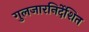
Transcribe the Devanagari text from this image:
गुलजारनिर्देशित